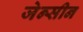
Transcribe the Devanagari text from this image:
जेन्सीन